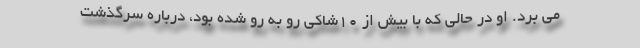
می برد. او در حالی که با بیش از ۱۰شاکی رو به رو شده بود، درباره سرگذشت